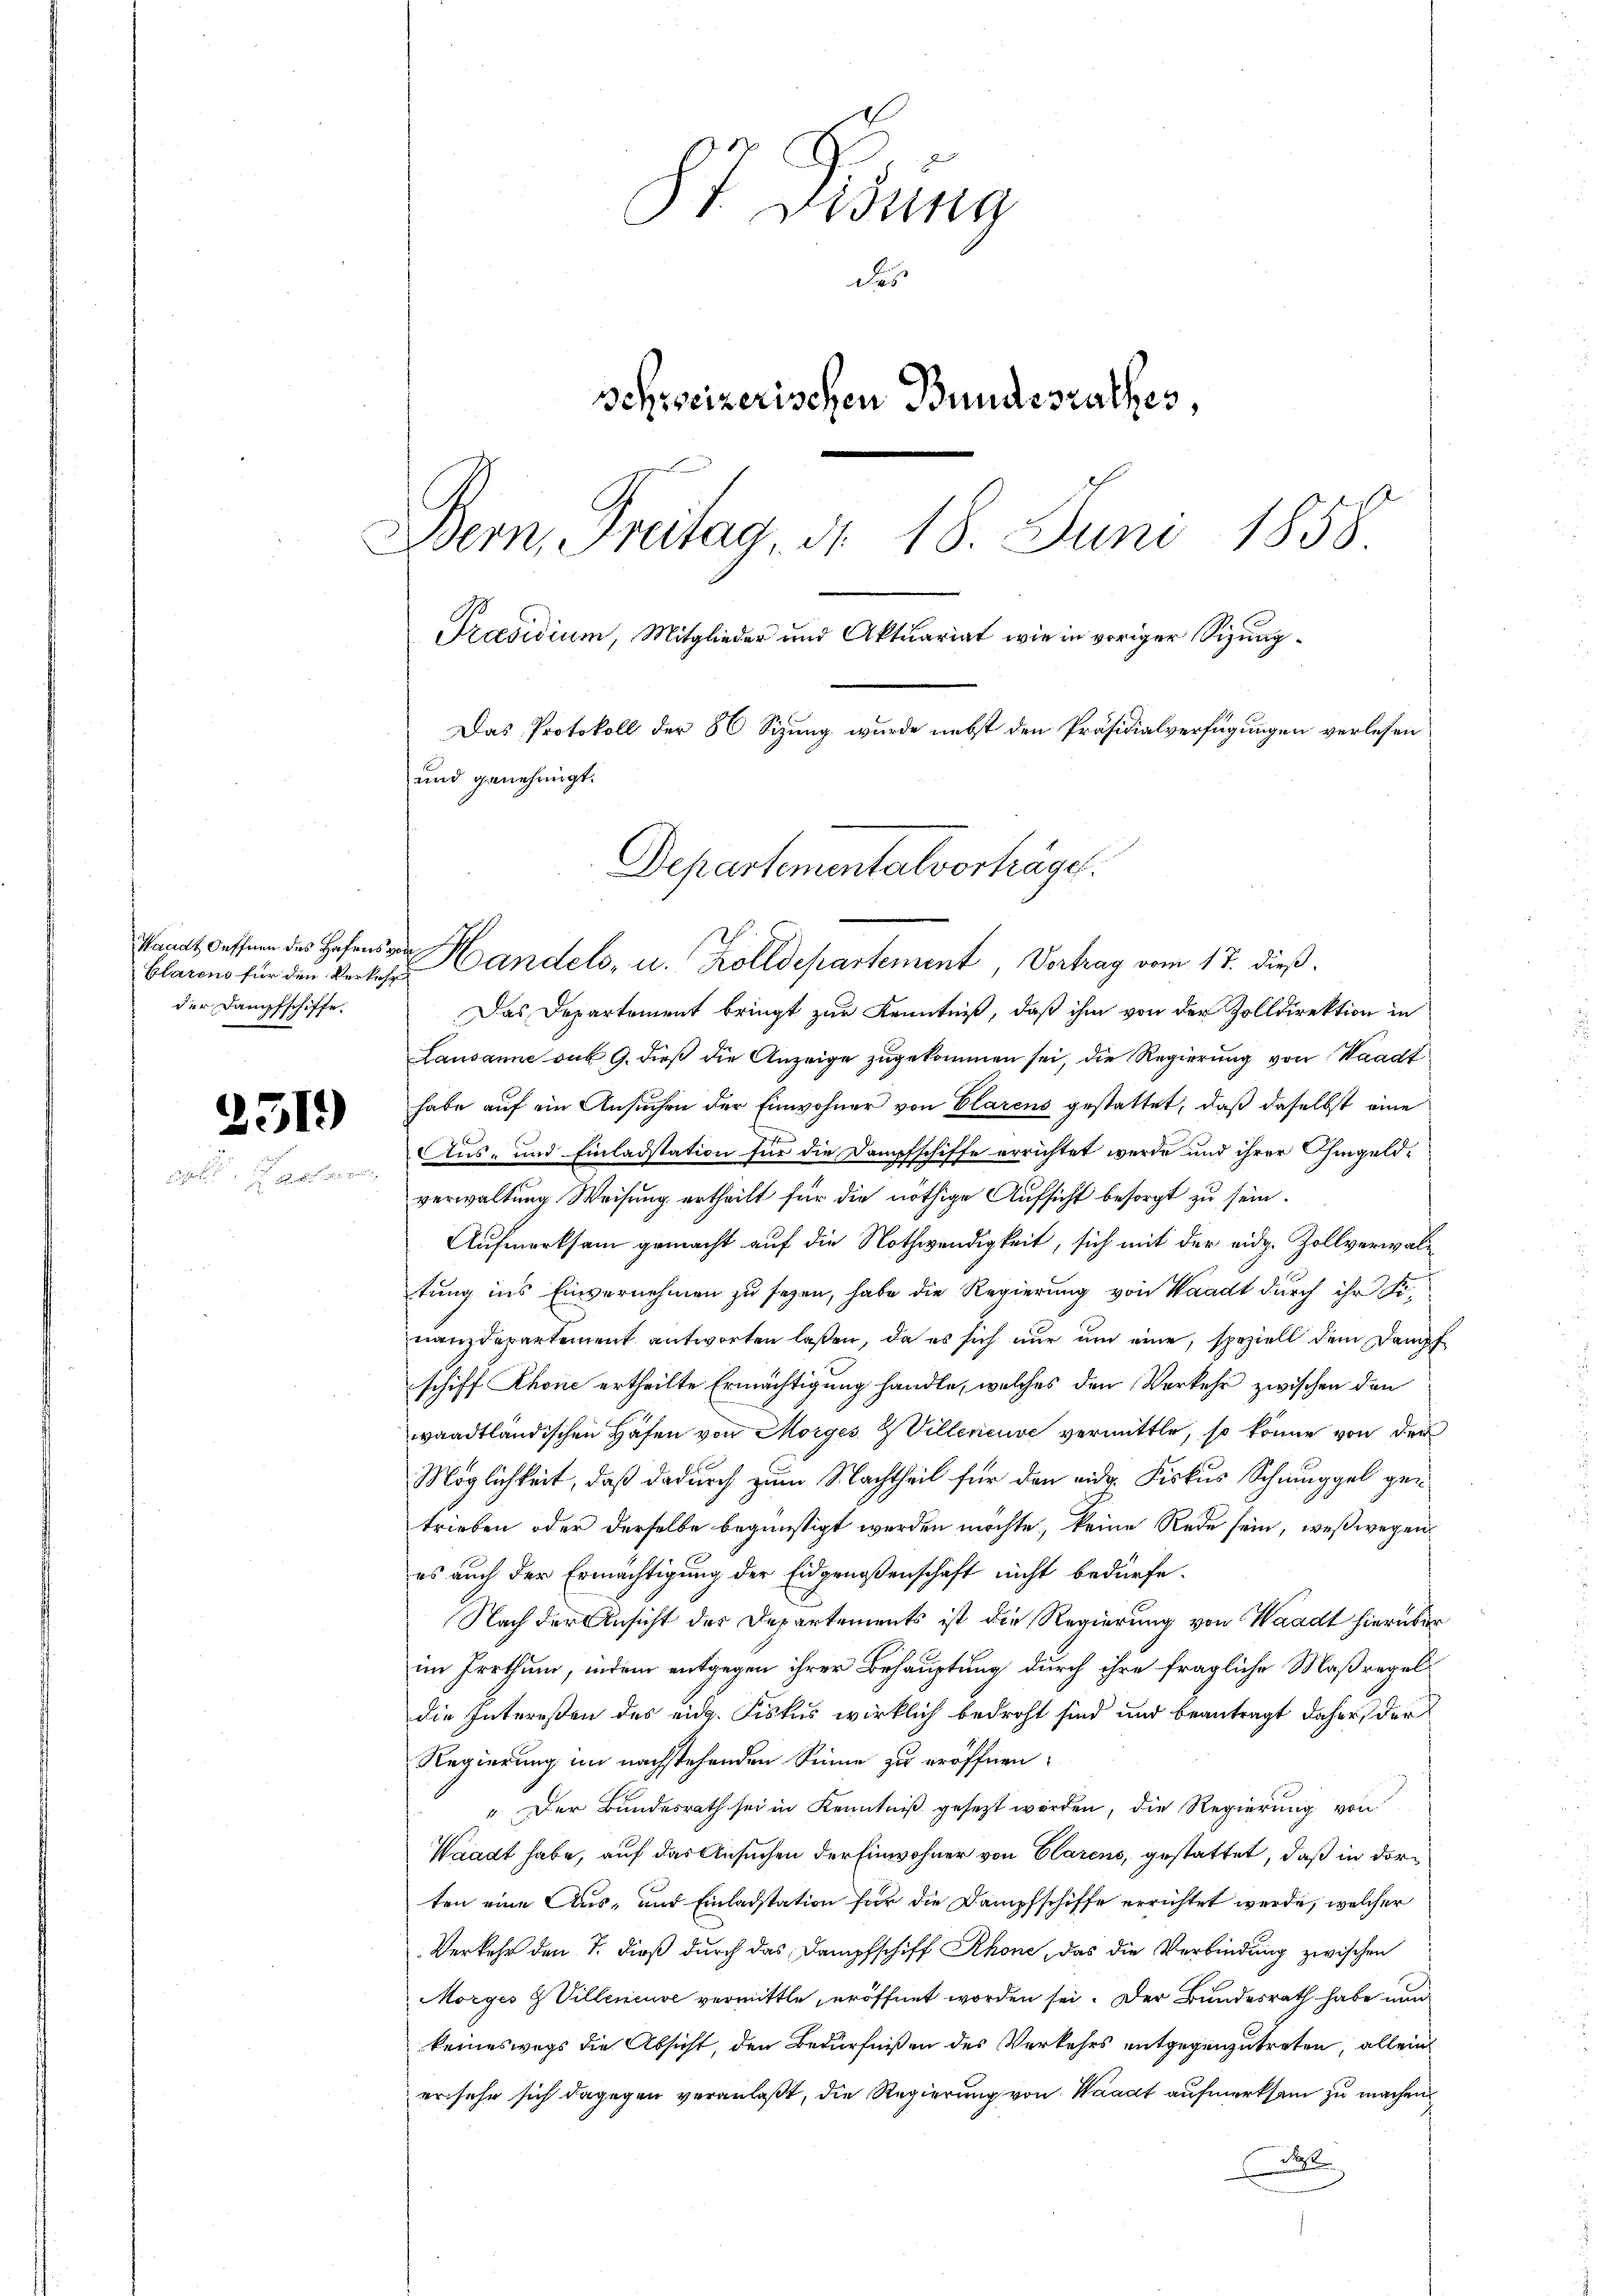
Clarens für den Verkehr
der Dampfschiffe.

2519)

87. Zung
des
schweizerischen Bundesrathes,
Bern, Freitag, d. 18. Juni 1858
Präsidium, Mitglieder und Aktuariat wie in voriger Sizung¬
Das Protokoll der 86 Sizung wurde nebst den Präsidialverfügungen verlesen
und genehmigt.
Departementalvorträge.

Sanat dessen des Hafens Handels, u. Zolldepartement Vortrag vom 17. dieß.

Das Departement bringt zur Kenntniß, daß ihm von der Zolldirektion in
Lausanne sub 9. dieß die Anzeige zugekommen sei, die Regierung von Waadt
habe auf ein Ansuchen der Einwohner von Clarens gestattet, daß daselbst eine
Aus- und Einladstation für die Dampfschiffe errichtet werde und ihrer hingeldverwaltung Weisung ertheilt für die nöthige Aufsicht besorgt zu sein.
Aufmerksam gemacht auf die Nothwendigkeit, sich mit der eidg. Zollverwaltung ins Einvernehmen zu sehen, habe die Regierung von Waadt durch ihr Finanderartement antworten laßen, da es sich nur um eine speziell dem Dampf
schiff Khone ertheilte Ermächtigung handle, welches den Verkehr zwischen den
waadtländischen Häfen von Morges. Z Villeneuve vermittle, so könne von der
Möglichkeit, daß dadurch zum Nachtheil für den eider Fiskus Schmuggel getrieben oder derselbe begünstigt werden möchte, keine Rede sein, weßwegen
es auch der Ermächtigung der Eidgenoßenschaft nicht bedürfe.
Nach der Ansicht der Departements ist die Regierung von Waadt hierüber
im Irrthum, indem entgegen ihrer Behauptung durch ihre fragliche Maßregeldie Intereßen des eidg. Fiskus wirklich bedroht sind und beantragt daher der
Regierung im nachstehenden Sinne zu eröffnen:
" Der Bundesrath sei in Kenntniß gesezt worden, die Regierung von
Waadt habe, auf das Ansuchen der Einwohner von Clarens, gestattet, daß in dorten eine Aus- und Einladstation für die Dampfschiffe errichtet werde, welcher
Verkehr den T. dieß durch das Dampfschiff Rhone, das die Verbindung zwischen
Morges & Villeneuve vermittle, eröffnet worden sei. Der Bundesrath habe un
keineswegs die Absicht, den Bedürfnißen des Verkehrs entgegenzutreten, allein
ersehe sich dagegen veranlaßt, die Regierung von Waadt aufmerksam zu machen
J